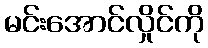
မင်းအောင်လှိုင်ကို